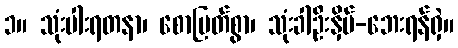
၁။ သုံးပါးရတနာ၊ စောမြတ်စွာ၊ သုံးခါဦးနှိမ်-ဘေးရန်ရှဲ။